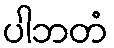
ပါဘတံ